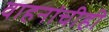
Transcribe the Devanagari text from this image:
वाहनांचीही